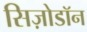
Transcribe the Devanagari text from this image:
सिज़ोडॉन